Indian journal of veterinary science and animal husbandry - Volumes 26-27, 1956-1957
Year: 1956
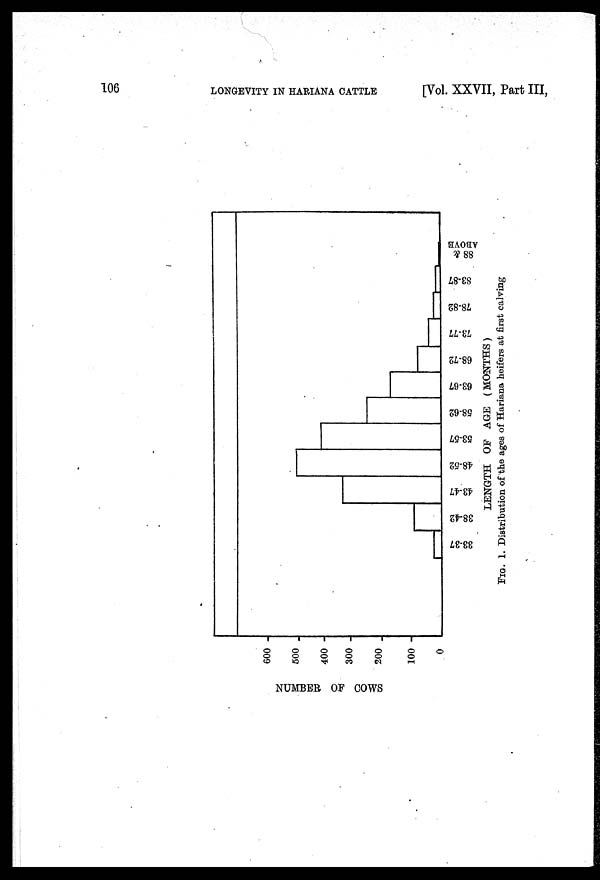
106
LONGEVITY IN HARIANA CATTLE
[Vol. XXVII, Part III,
FIG. 1. Distribution of the ages of Hariana heifers at first calving